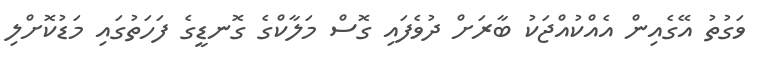
ވަގުތު އޭގެއިން އެއްކުއްޖަކު ބާރަށް ދުވެފައި ގޮސް މަލާކްގެ ގޮނޑީގެ ފަހަތުގައި މަޑުކޮށްލި